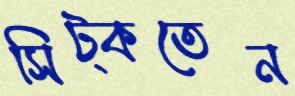
সিট্‌কতেন